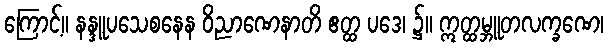
ကြောင့်။ နန္ဒူပသေစနေန ဝိညာဏေနာတိ ဧတ္ထ ပဒေ၊ ၌။ ဣတ္ထမ္ဘူတလက္ခဏေ၊